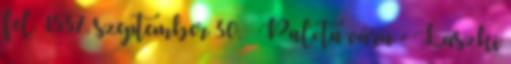
fel. 1537. szeptember 30. – Palota vára - Laszki